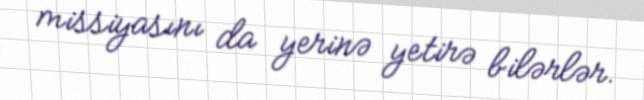
missiyasını da yerinə yetirə bilərlər.